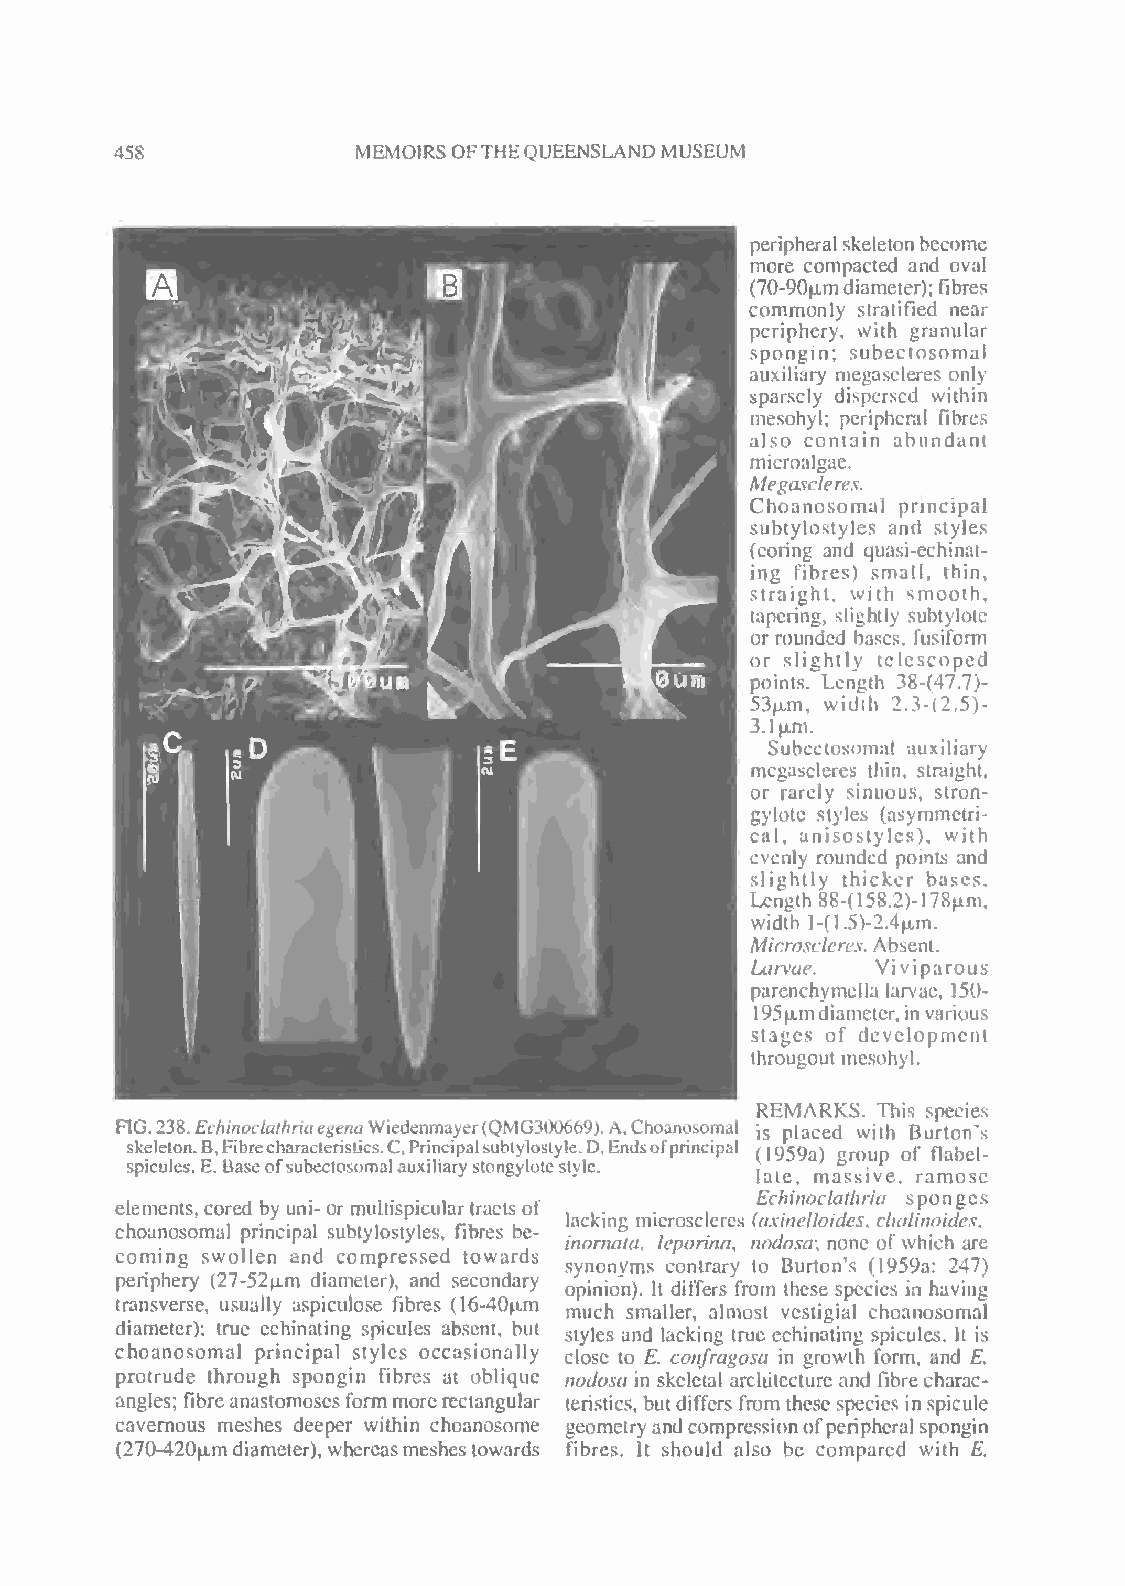
.
 458             MEMOIRS OFTHEQUEENSLANDMUSEUM
 peripheral skeletonbecome
 more compacted and oval
 (70-90>mdiameter); fibres
 commonly stratified near
 periphery, with granular
 spongin; subectosomal
 auxiliary megascleres only
 Sparsely dispersed within
 mesohyl; peripheral fibres
 also contain abundant
 microalgae.
 Megascleres.
 Choanosomal principal
 subtylostyles and styles
 (coring and quasi-echinat-
 ing fibres) small, thin,
 straight, with smooth,
 tapering, slightly subtylote
 or rounded bases, fusiform
 or slightly telescoped
 points. Length 38-(47.7)-
 53u.m, width 2.3*(2 5)
 3.lpjn.
 Subectosomal auxiliary
 megascleres thin, straight,
 or rareiy sinuous, stron-
 gylole styles (asymmetri-
 cal, anisostyles), with
 evenly rounded points and
 slightly thicker bases.
 Length 88-(l58.2)-178u,m.
 width l-n.5K2.Vn.
 Micro s(ieres. Absent
 larvae. Viviparous
 parenchymella larvae, 150-
 195p.mdiameter,in various
 stages of development
 througout mesohyl.
 REMARKS. This species
 RG.238.£t7i^or/«//zn«ei'^«Wiedenmayer(QMG3(X)669).A,Choanosomal
 js placed with Burton's
 skeleton.B,FibrecharacterisUcs.C,Principalsubtylosiyle.D,Endsofprincipal /1959a) arouo of flabel-
 spicules.E, Baseofsubectosomalauxiliary stongylotestyle. late, massive, ramose
 Echinoclathria sponges
 elements, cored by uni- or multispicular tracts of
 lacking microsclercs {axineUoides, chalinoides.
 choanosomal principal subtylostyles, fibres be-
 inornata, Ieporina, nodosa; none of which are
 coming swollen and compressed towards
 synonyms contrary to Burton's (1959a: 247)
 periphery (27-52u.m diameter), and secondary
 opinion). It differs from these species in having
 transverse, usually aspiculose fibres (16-40u,m much smaller, almost vestigial choanosomal
 diameter); true echinating spicules absent, but styles and lacking true echinating spicules. It is
 choanosomal principal styles occasionally close to E. confragosa in growth form, and E,
 protrude through spongin fibres at oblique nodosa in skeletal architecture and fibre charac-
 angles; fibre anastomoses formmore rectangular teristics, butdiffers from these species in spicule
 cavernous meshes deeper within choanosome geometryand compressionofperipheral spongin
 (270-420u,mdiameter), whereasmeshestowards fibres. It should also be compared with E.